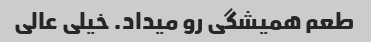
طعم همیشگی رو میداد. خیلی عالی